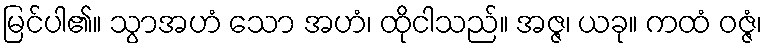
မြင်ပါ၏။ သွာအဟံ သော အဟံ၊ ထိုငါသည်။ အဇ္ဇ၊ ယခု။ ကထံ ဝဇ္ဇံ၊